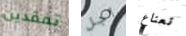
تفقدين أجل نعناع